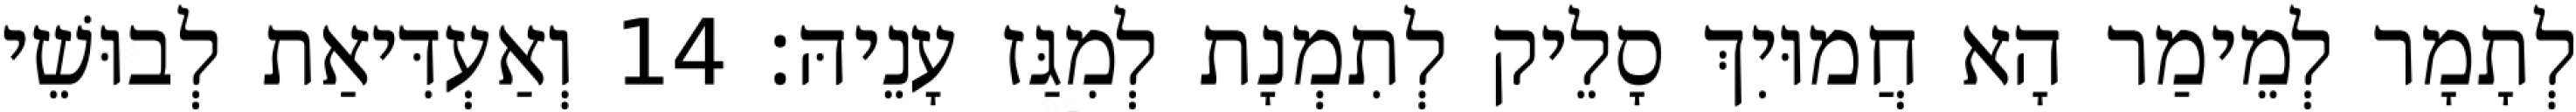
לְתָמָר לְמֵימַר הָא חֲמוּיִךְ סָלֵיק לְתִמְנָת לְמִגַּז עָנֵיהּ׃ 14 וְאַעְדִּיאַת לְבוּשֵׁי